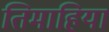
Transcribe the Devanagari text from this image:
तिमाहियां